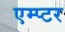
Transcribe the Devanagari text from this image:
एम्प्टर